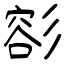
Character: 彮